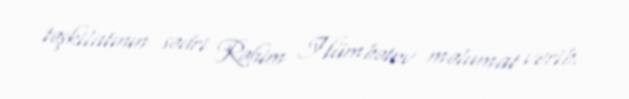
təşkilatının sədri Rəhim Hümbətov məlumat verib.